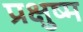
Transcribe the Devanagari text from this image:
प्रक्षुष्म